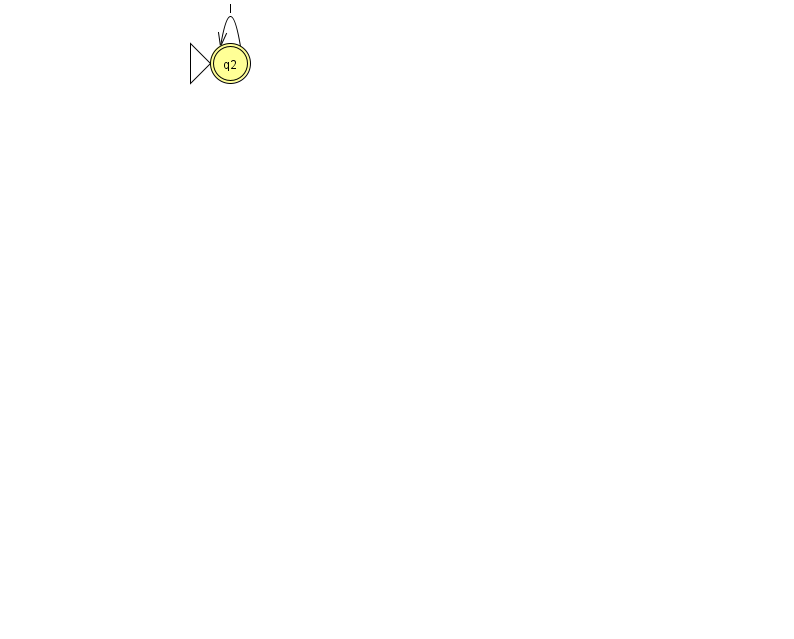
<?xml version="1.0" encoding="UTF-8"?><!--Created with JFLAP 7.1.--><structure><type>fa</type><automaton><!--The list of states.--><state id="2" name="q2"><x>230.0</x><y>50.0</y><initial/><final/></state><!--The list of transitions.--><transition><from>2</from><to>2</to><read>l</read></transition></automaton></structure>